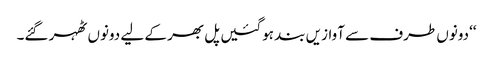
‘‘دونوں طرف سے آوازیں بند ہوگئیں پل بھر کے لیے دونوں ٹھہر گئے۔